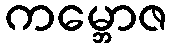
ကမ္ဘောဇ